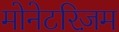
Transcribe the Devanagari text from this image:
मोनेटरिज़म